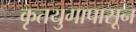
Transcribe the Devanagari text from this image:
कृतयुगापासून